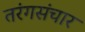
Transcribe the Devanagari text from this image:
तरंगसंचार